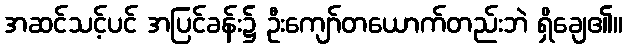
အဆင်သင့်ပင် အပြင်ခန်း၌ ဦးကျော်တယောက်တည်းဘဲ ရှိချေ၏။